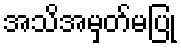
အသိအမှတ်မပြု